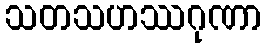
သတသဟဿဂုဏာ